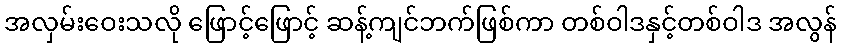
အလှမ်းဝေးသလို ဖြောင့်ဖြောင့် ဆန့်ကျင်ဘက်ဖြစ်ကာ တစ်ဝါဒနှင့်တစ်ဝါဒ အလွန်